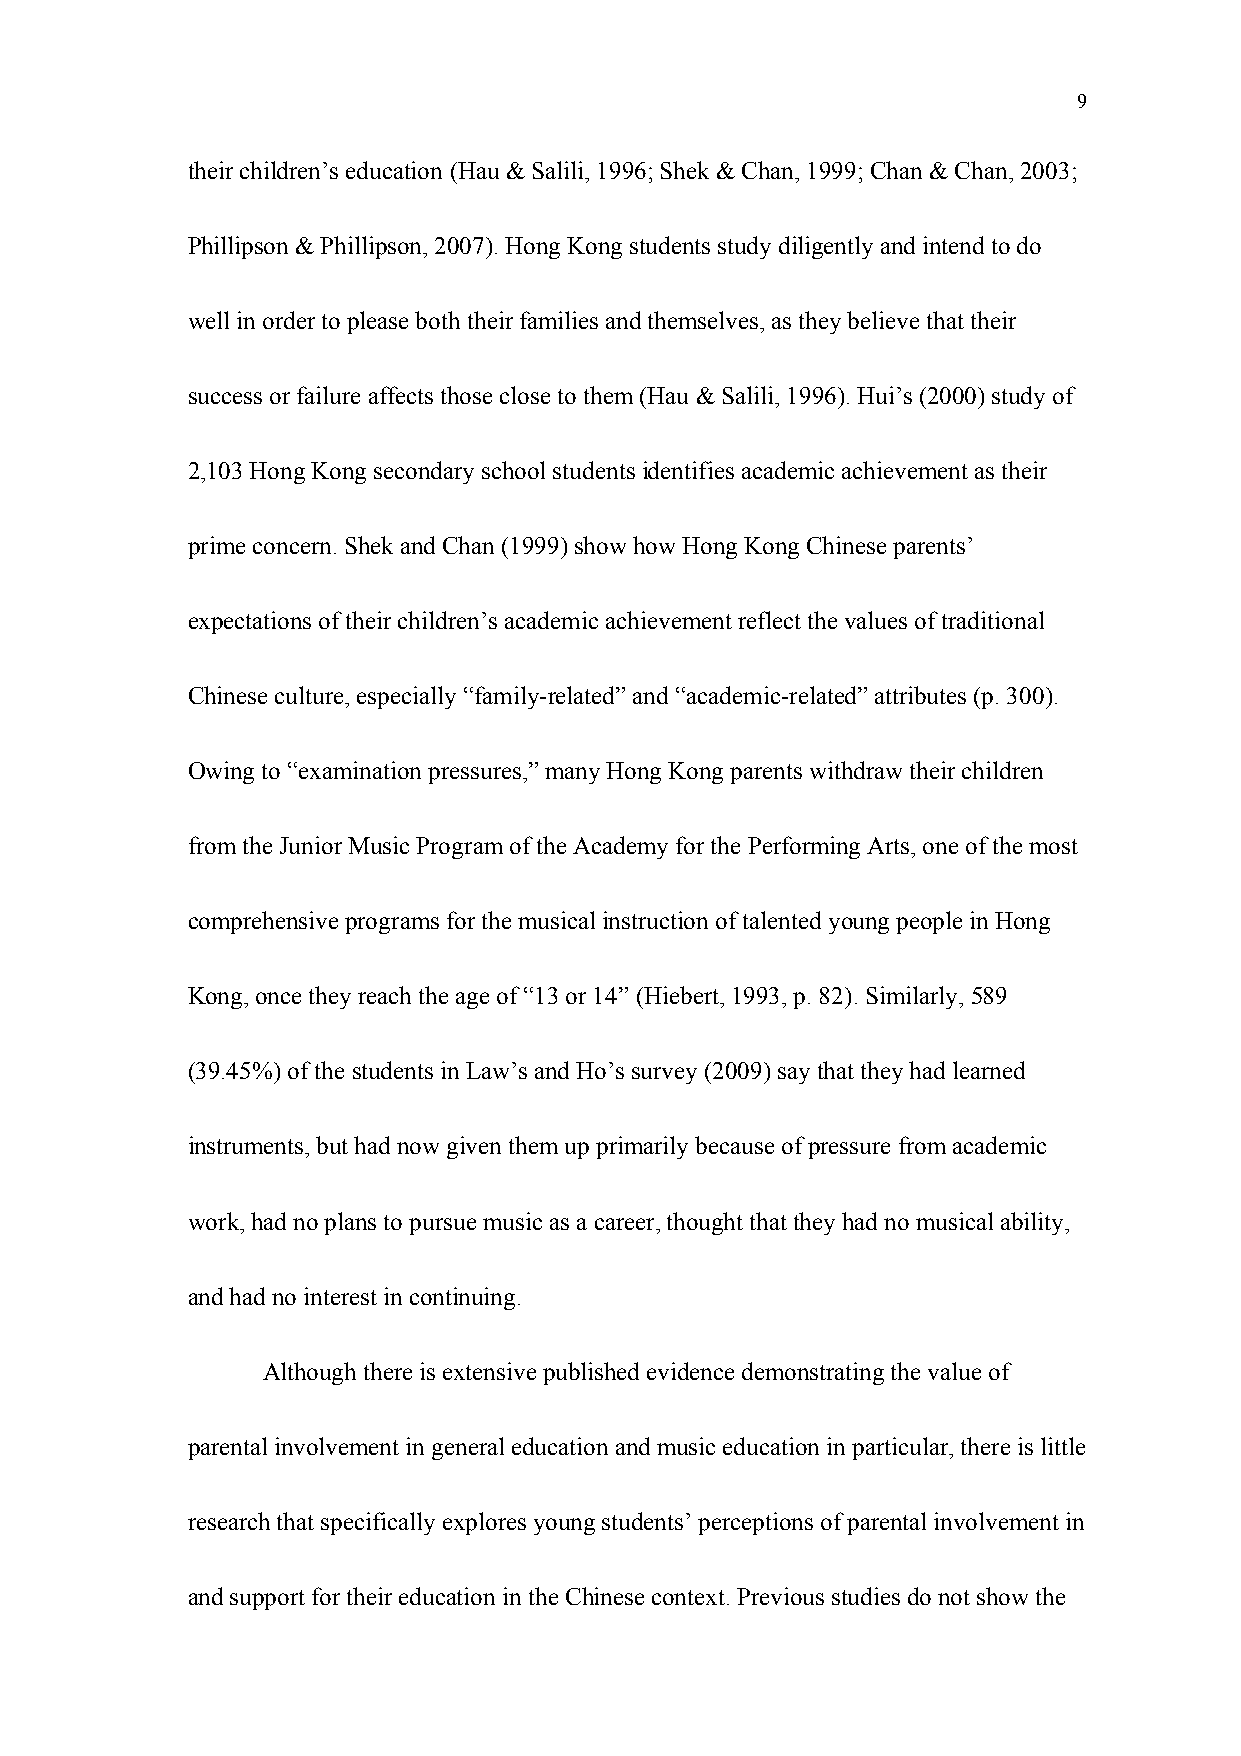
9
 their children’s education (Hau & Salili, 1996; Shek & Chan, 1999; Chan & Chan, 2003;
 Phillipson & Phillipson, 2007). Hong Kong students study diligently and intend to do
 well in order to please both their families and themselves, as they believe that their
 success or failure affects those close to them (Hau & Salili, 1996). Hui’s (2000) study of
 2,103 Hong Kong secondary school students identifies academic achievement as their
 prime concern. Shek and Chan (1999) show how Hong Kong Chinese parents’
 expectations of their children’s academic achievement reflect the values of traditional
 Chinese culture, especially “family-related” and “academic-related” attributes (p. 300).
 Owing to “examination pressures,” many Hong Kong parents withdraw their children
 from the Junior Music Program of the Academy for the Performing Arts, one of the most
 comprehensive programs for the musical instruction of talented young people in Hong
 Kong, once they reach the age of “13 or 14” (Hiebert, 1993, p. 82). Similarly, 589
 (39.45%) of the students in Law’s and Ho’s survey (2009) say that they had learned
 instruments, but had now given them up primarily because of pressure from academic
 work, had no plans to pursue music as a career, thought that they had no musical ability,
 and had no interest in continuing.
 Although there is extensive published evidence demonstrating the value of
 parental involvement in general education and music education in particular, there is little
 research that specifically explores young students’ perceptions of parental involvement in
 and support for their education in the Chinese context. Previous studies do not show the